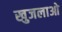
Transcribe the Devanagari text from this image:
खुजलाओ